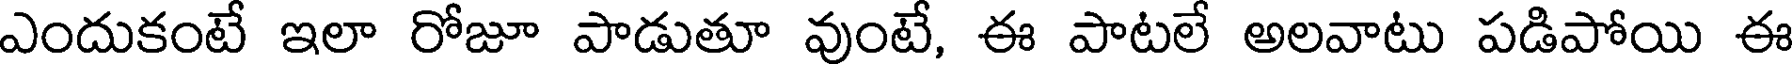
ఎందుకంటే ఇలా రోజూ పాడుతూ వుంటే, ఈ పాటలే అలవాటు పడిపోయి ఈ